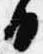
日